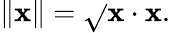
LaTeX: \| \mathbf{x}\| ={\sqrt{}{{\mathbf{x}\cdot\mathbf{x}}}}.